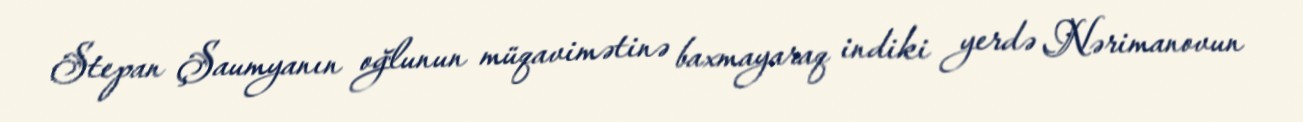
Stepan Şaumyanın oğlunun müqavimətinə baxmayaraq indiki yerdə Nərimanovun